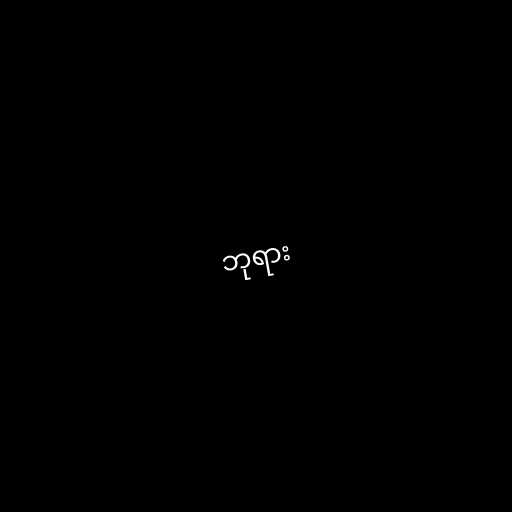
ဘုရား